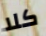
كلا